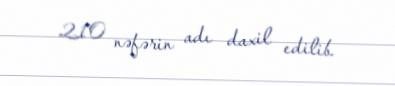
210 nəfərin adı daxil edilib.